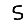
Digit: 5